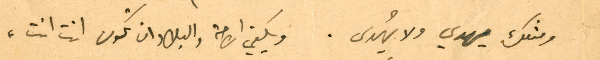
ومثلك يهدي ولا يُهدى. ويكفي الامة والبلاد ان تكون انت انت،